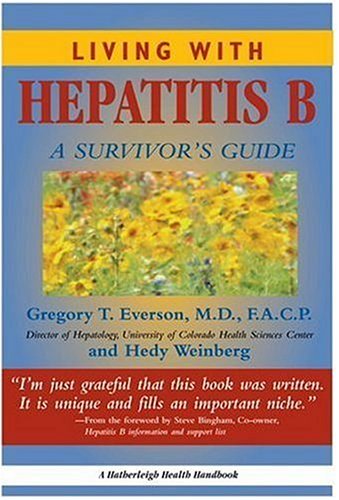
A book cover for Living with Hepatitis B: A Survivor's Guide; Gregory T. Everson; Health, Fitness & Dieting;